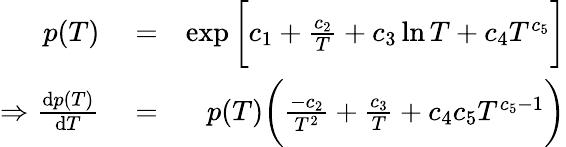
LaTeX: \begin{array}{rlr}{p(T)}&{{}=}&{\exp\bigg[c_{1}+\frac{c_{2}}{T}+c_{3}\ln T+c_{4}T^{c_{5}}\bigg]}\\ {\Rightarrow\frac{\mathrm{d}p(T)}{\mathrm{d}T}}&{{}=}&{p(T)\bigg(\frac{-c_{2}}{T^{2}}+\frac{c_{3}}{T}+c_{4}c_{5}T^{c_{5}-1}\bigg)}\end{array}